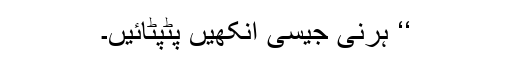
‘‘ ہرنی جیسی آنکھیں پٹپٹائیں۔